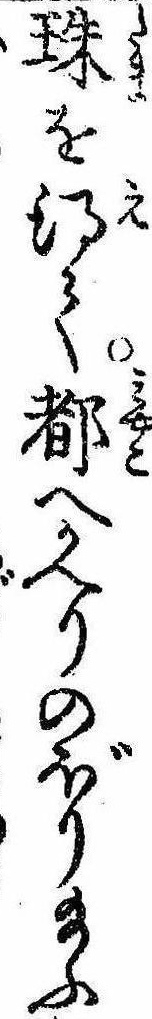
珠を得て都へかへりのぼり給ふ